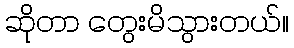
ဆိုတာ တွေးမိသွားတယ်။